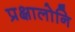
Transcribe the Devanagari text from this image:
प्रक्षालोनि